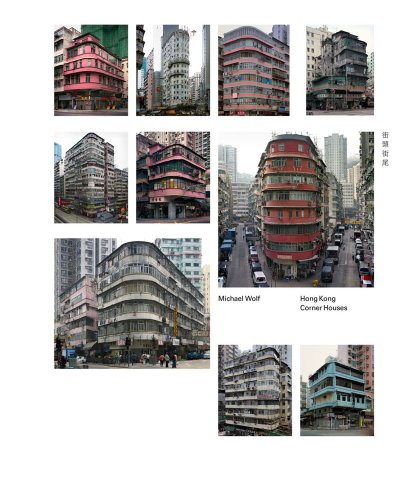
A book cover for Hong Kong Corner Houses; Michael Wolf; History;